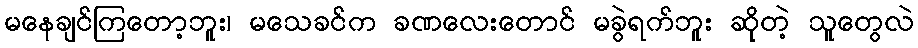
မနေချင်ကြတော့ဘူး၊ မသေခင်က ခဏလေးတောင် မခွဲရက်ဘူး ဆိုတဲ့ သူတွေလဲ